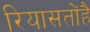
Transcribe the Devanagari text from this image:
रियासतोंहै